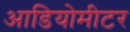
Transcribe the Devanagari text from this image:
आडियोमीटर